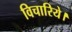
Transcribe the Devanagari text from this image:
विचारिये।